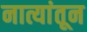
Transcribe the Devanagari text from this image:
नात्यांतून